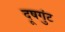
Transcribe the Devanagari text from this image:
दूषगुंट